Statistical return of the lunatic asylum in Assam - 1912-1932
Year: 1912
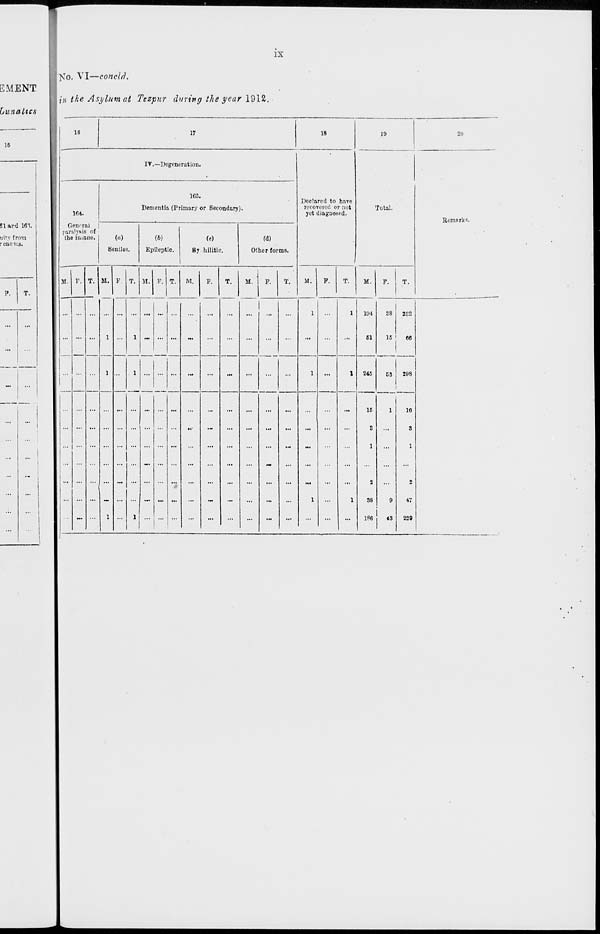
IX
EMENT
Lunatics
16
31 *rd 16').
uitv from
rcauies.
P.
T.
[]s T o. VI—conclrJ.
in tke Asylum at Tezpnr during the year 1912.
16
17
18
19
ir —Degeneration
•
Declared to have
recovered or not
yet diagDoend.
164.
165.
Dementia (Primary or Secondary).
General
paralyHia of
the inane.
(«)
Senile.-:.
(6)
Epileptic.
(e)
By hilitic.
(d)
Other forms.
M. P. T. M. P. T. M. F. T.
M.
P.
T.
M.
P.
T.
M.
P.
T.
Total.
M.
P.
T.
19-i
SI
245
16
282
6«
208
15
1
S
...
1
...
2
...
38
9
196
-
16
3
1
47
229
20
RemerkK.